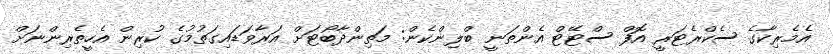
އެމެރިކާގެ ސެކްރެޓަރީ އޮފް ސްޓޭޓް އެންތަނީ ބްލިންކެން: މަތިންދާބޯޓަށް އަރާވަޑައިގަތުމުގެ ކުރިން އެހީތެރިންނަށް